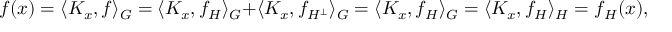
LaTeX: f ( x ) = \langle K _ { x } , f \rangle _ { G } = \langle K _ { x } , f _ { H } \rangle _ { G } + \langle K _ { x } , f _ { H ^ { \bot } } \rangle _ { G } = \langle K _ { x } , f _ { H } \rangle _ { G } = \langle K _ { x } , f _ { H } \rangle _ { H } = f _ { H } ( x ) ,